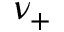
\nu _ { + }